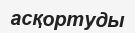
асқортуды